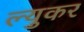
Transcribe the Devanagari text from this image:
ल्युकर